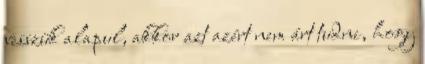
vesszük alapul, akkor azt azért nem árt tudni, hogy